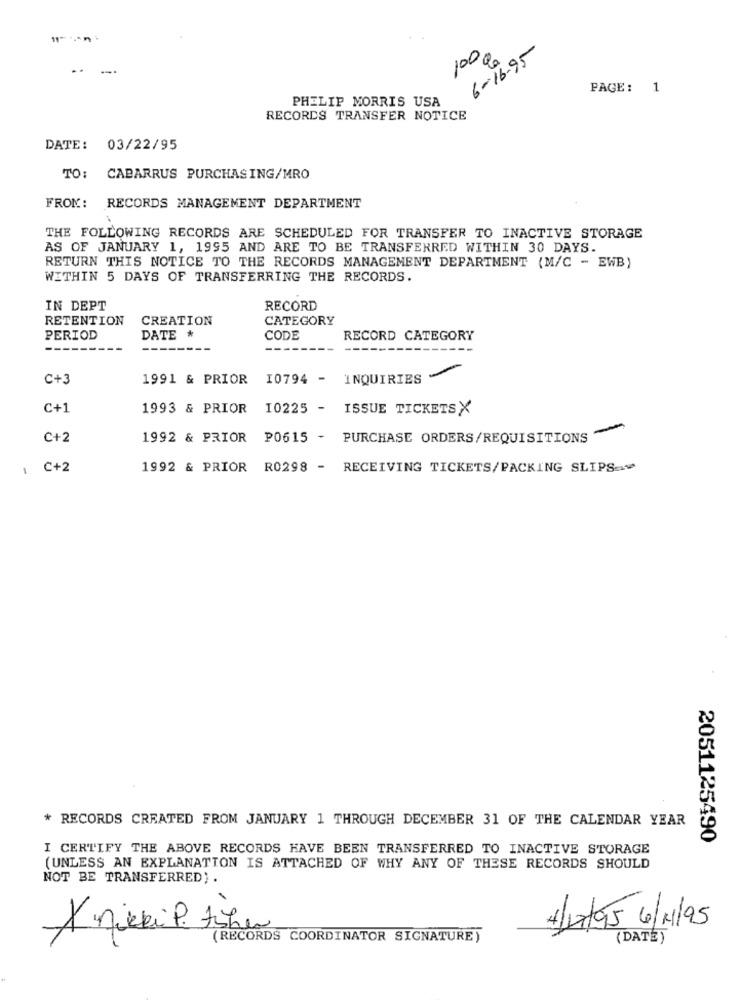
6-16-95
100 g
..
---
PAGE: 1
PHILIP MORRIS USA
RECORDS TRANSFER NOTICE
DATE: 03/22/95
TO: CABARRUS PURCHASING/MRO
FROM: RECORDS MANAGEMENT DEPARTMENT
THE FOLLOWING RECORDS ARE SCHEDULED FOR TRANSFER TO INACTIVE STORAGE
AS OF JANUARY 1, 1995 AND ARE TO BE TRANSFERRED WITHIN 30 DAYS.
RETURN THIS NOTICE TO THE RECORDS MANAGEMENT DEPARTMENT (M/C - EWB)
WITHIN 5 DAYS OF TRANSFERRING THE RECORDS.
IN DEPT
RECORD
RETENTION
CREATION
CATEGORY
PERIOD
DATE *
CODE
RECORD CATEGORY
C+3
1991 & PRIOR
10794 - INQUIRIES
C+1
1993 & PRIOR 10225 - ISSUE TICKETSX
C+2
1992 & PRIOR
P0615 -
PURCHASE ORDERS /REQUISITIONS"
1 C+2
1992 & PRIOR
R0298 - RECEIVING TICKETS/PACKING SLIPS>
* RECORDS CREATED FROM JANUARY 1 THROUGH DECEMBER 31 OF THE CALENDAR YEAR
2051125490
I CERTIFY THE ABOVE RECORDS HAVE BEEN TRANSFERRED TO INACTIVE STORAGE
(UNLESS AN EXPLANATION IS ATTACHED OF WHY ANY OF THESE RECORDS SHOULD
NOT BE TRANSFERRED).
4 17/95 6/1/95
(RECORDS COORDINATOR SIGNATURE)
( DATE)